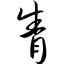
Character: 眚